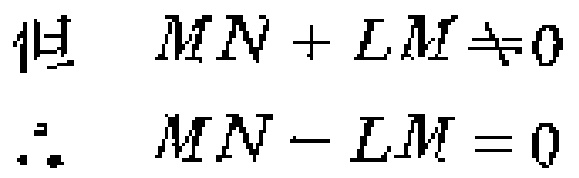
但 \(MN + LM \neq 0\)

\(\therefore MN - LM = 0\)